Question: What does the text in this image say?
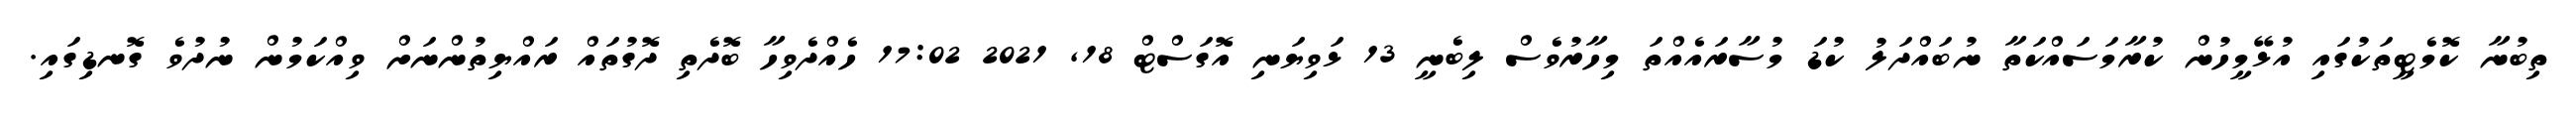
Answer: ތިބުނާ ކޮމެޓީތަކުގައި އުޅޭމީހުން ކުރާމަސައްކަތާ ނުބައްދަލު ކުޑަ މުސާރައެއްތަ މިހާރުވެސް ލިބެނީ 13 ޅަވިޔަނި އޮގަސްޓް 18, 2021 17:02 ހެއްދެވިހާ ބޮދެތި ދޮގުތައް ރައްޔިތުންނަށް ވިއްކަމުން ނުދުވެ ގޮނޑިގައި.